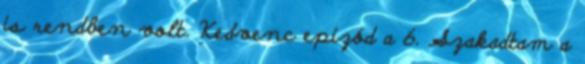
is rendben volt. Kedvenc epizód a 6. Szakadtam a